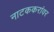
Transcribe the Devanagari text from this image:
नाटककरांवर